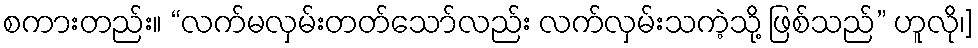
စကားတည်း။ “လက်မလှမ်းတတ်သော်လည်း လက်လှမ်းသကဲ့သို့ ဖြစ်သည်” ဟူလို၊]